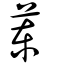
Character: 菄